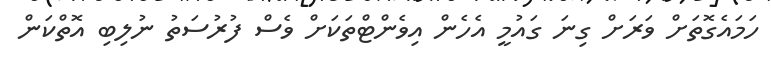
ހަމައެގޮތަށް ވަރަށް ގިނަ ގައުމީ އެހެން އިވެންޓްތަކަށް ވެސް ފުރުސަތު ނުލިބި އޮތްކަން